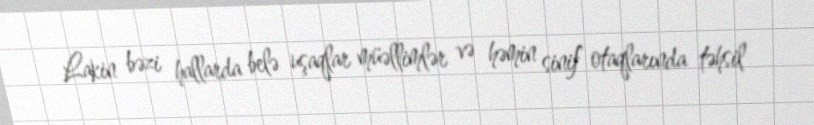
Lakin bəzi hallarda belə uşaqlar müəllimlər və həmin sinif otaqlarında təhsil